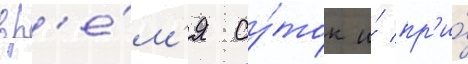
вр'е́м'я су́ток и́ пр'и́